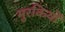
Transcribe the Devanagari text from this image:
मुरकियों